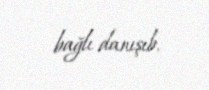
bağlı danışıb.